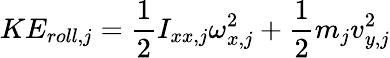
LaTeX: KE_{roll,j}=\frac{1}{2}I_{xx,j}\omega_{x,j}^{2}+\frac{1}{2}m_{j}v_{y,j}^{2}